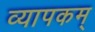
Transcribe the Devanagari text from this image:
व्यापकम्